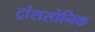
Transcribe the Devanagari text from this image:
ट्रांससोनिक